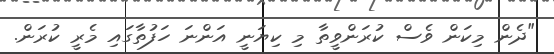
"ދެން މިކަން ވެސް ކުރަންވީތާ މި ކިޔަނީ އަންނަ ހަފުތާގައި މެރީ ކުރަން.